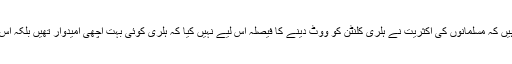
اخبار عرب امریکن نیوز کے ناشر اسامہ سبلانی کہتے ہیں کہ مسلمانوں کی اکثریت نے ہلری کلنٹن کو ووٹ دینے کا فیصلہ اس لیے نہیں کیا کہ ہلری کوئی بہت اچھی امیدوار تھیں بلکہ اس لیے کیا کہ مسلمانوں کو ڈونلڈ ٹرمپ سخت ناپسند تھے۔